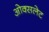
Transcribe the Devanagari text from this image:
ओक्सलेट